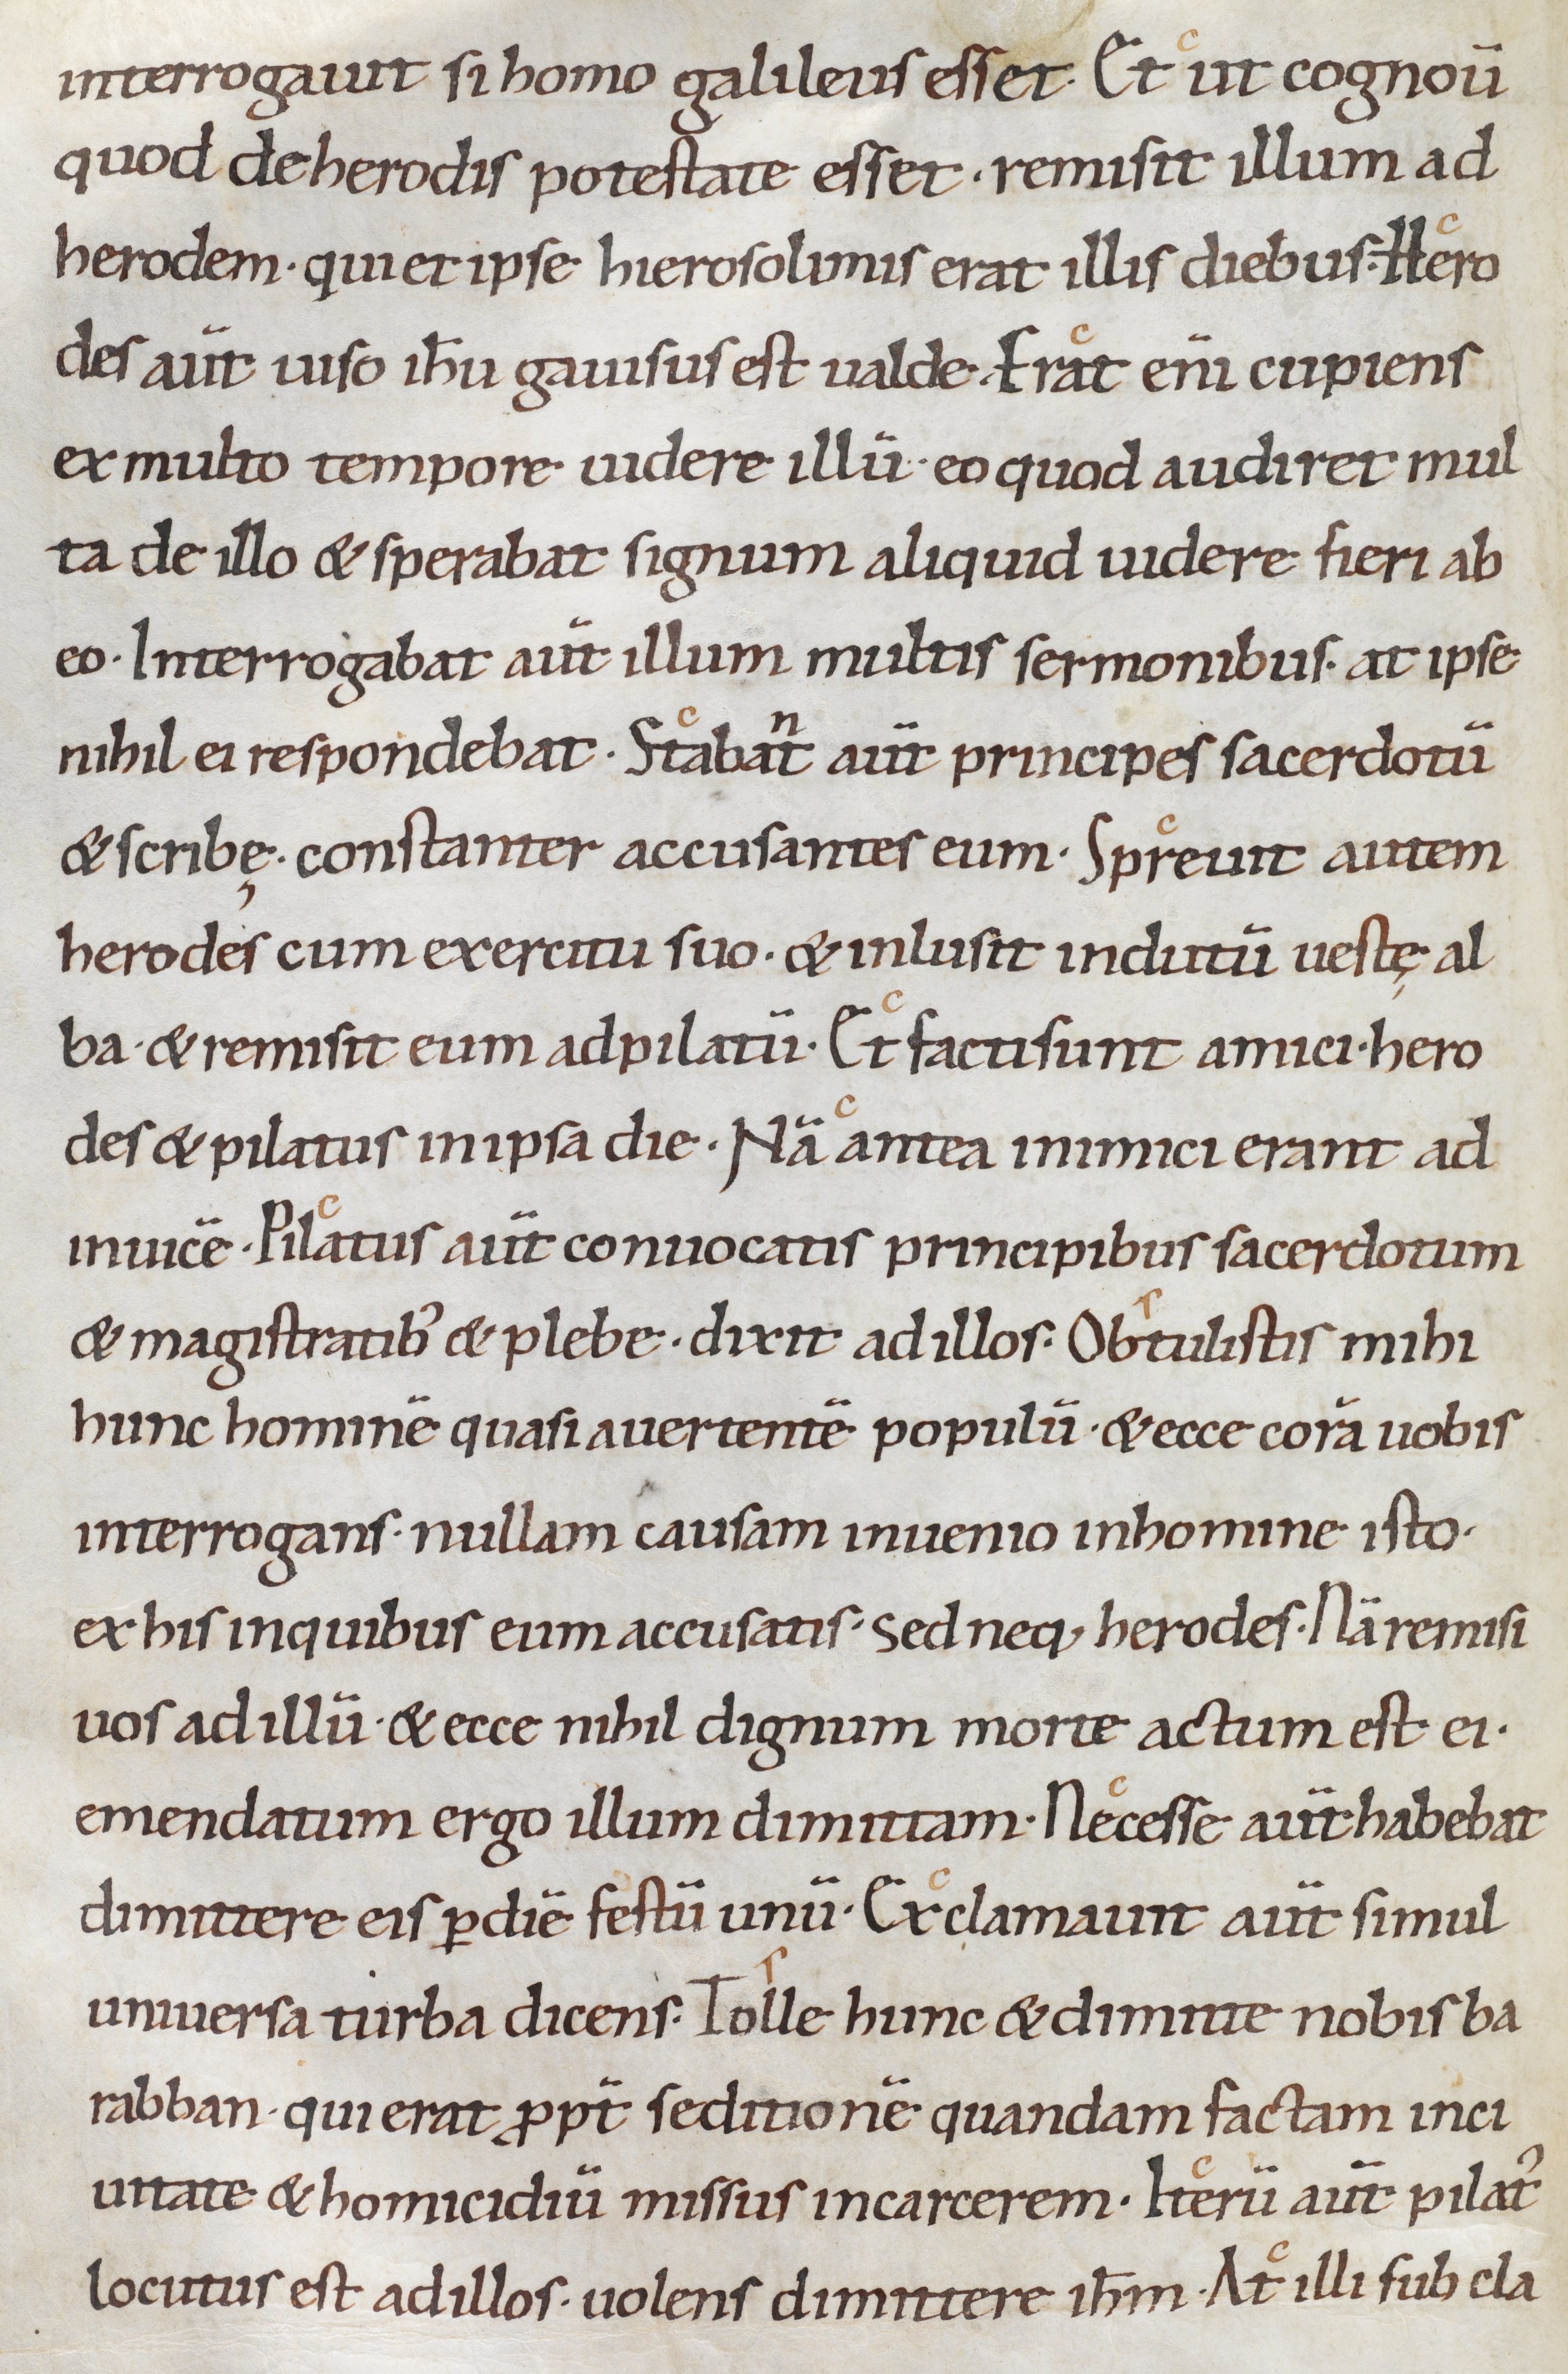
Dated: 1000–1049